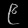
Digit: ၉